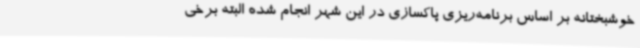
خوشبختانه بر اساس برنامه‌ریزی پاکسازی در این شهر انجام شده البته برخی